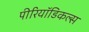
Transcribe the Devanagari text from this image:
पीरियॉडिकल्स